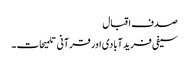
صدف اقبال
سیفی فریدآبادی اور قرآنی تلمیحات ۔